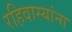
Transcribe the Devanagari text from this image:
रहिवास्यांना